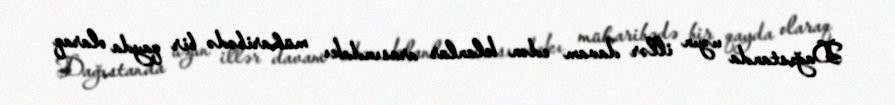
Dağıstanda uzun illər davam edən klanlar arasındakı müharibədə bir qayda olaraq